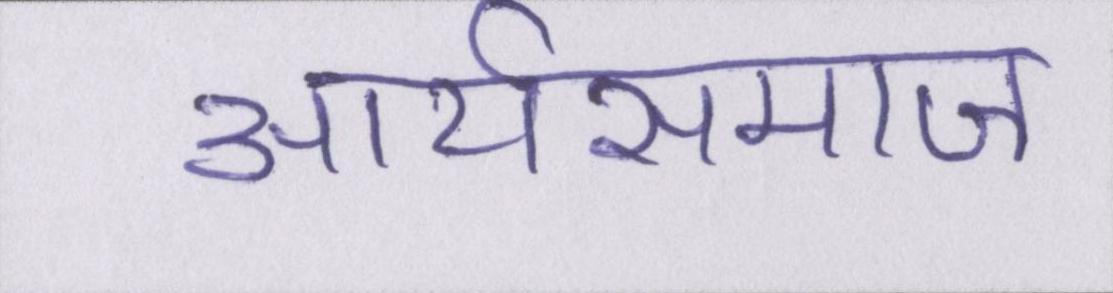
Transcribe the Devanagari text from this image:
आर्यसमाज